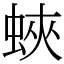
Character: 蛺